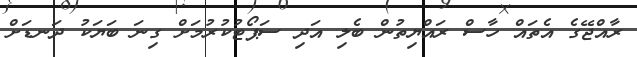
ރާއްޖޭގެ އެތައް ހާސް ރައްޔިތުން ބެލި އަދި ސަޕޯޓުކުރުމަށް ގިނަ ބަޔަކު ދަނޑަށް